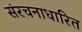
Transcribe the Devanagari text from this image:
संरचनाधारित